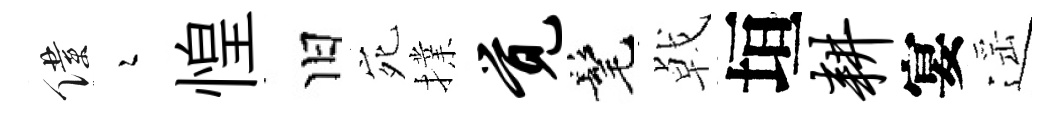
僕瑟惶旧宛擈觉髦㦸垣耕宴遥